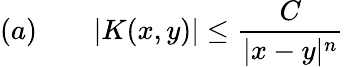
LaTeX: (a)\qquad|K(x,y)|\leq{\frac{C}{|x-y|^{n}}}